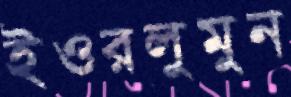
ইওরলুমুন